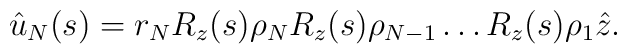
\hat u_N(s)=r_N R_z(s) \rho_N R_z(s) \rho_{N-1}  \dots R_z(s) \rho_1 \hat z.